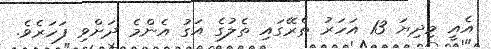
އެއީ މިދިޔަ 13 އަހަރު ތެރޭގައި ތެލުގެ އަގު އެންމެ ދަށްވި ފަހަރެވެ.